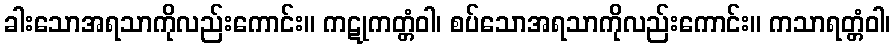
ခါးသောအရသာကိုလည်းကောင်း။ ကဋုကတ္တံဝါ၊ စပ်သောအရသာကိုလည်းကောင်း။ ကသာရတ္တံဝါ၊